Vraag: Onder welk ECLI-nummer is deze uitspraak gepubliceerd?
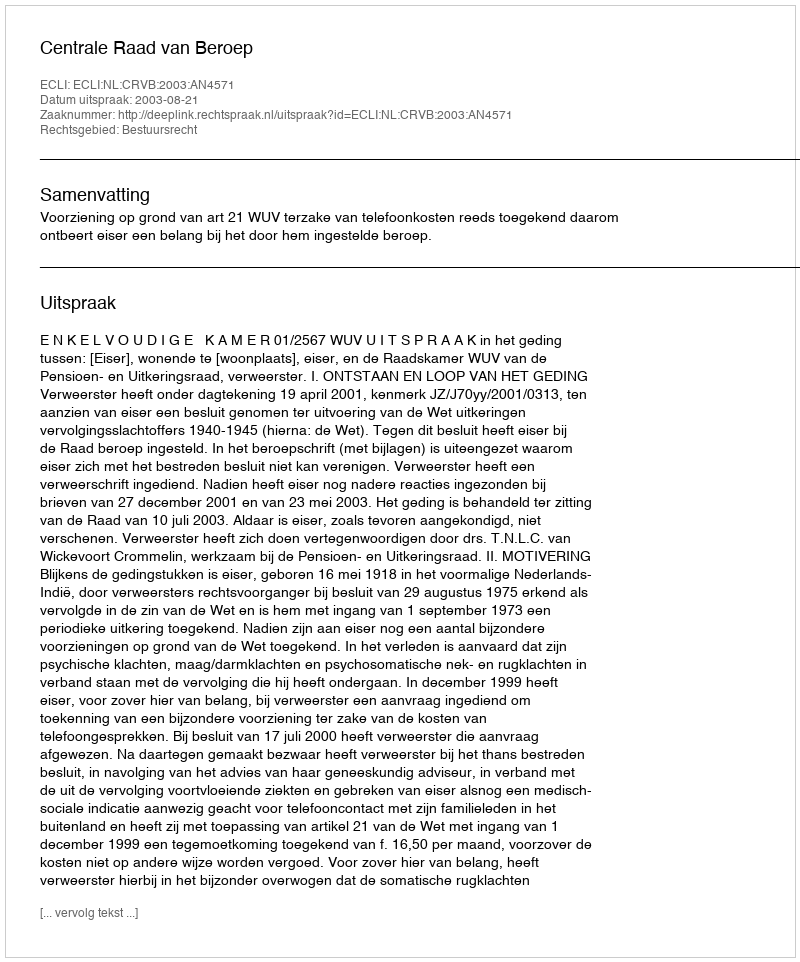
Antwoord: ECLI:NL:CRVB:2003:AN4571